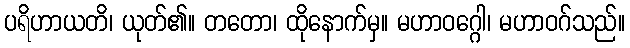
ပရိဟာယတိ၊ ယုတ်၏။ တတော၊ ထိုနောက်မှ။ မဟာဝဂ္ဂေါ၊ မဟာဝဂ်သည်။